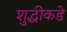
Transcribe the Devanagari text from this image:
शुद्धीकडे